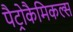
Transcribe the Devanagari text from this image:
पैट्रोकैमिकल्स